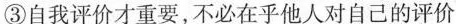
③自我评价才重要，不必在乎他人对自己的评价